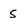
Character: s